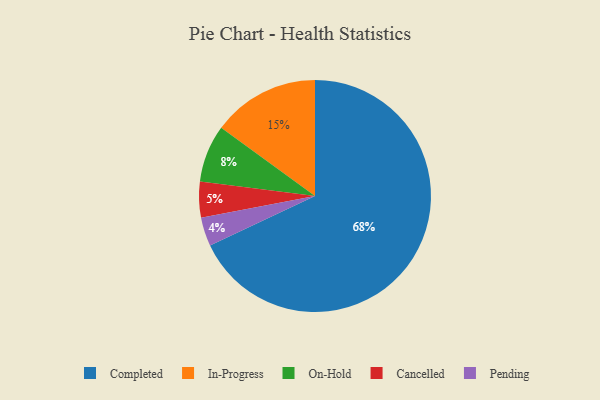
{"axis": {"x": "Category", "y": "Percentage"}, "legend": ["Cancelled", "Completed", "In-Progress", "On-Hold", "Pending"], "data": [{"x": "On-Hold", "y": 8, "type": "On-Hold"}, {"x": "Pending", "y": 4, "type": "Pending"}, {"x": "In-Progress", "y": 15, "type": "In-Progress"}, {"x": "Completed", "y": 68, "type": "Completed"}, {"x": "Cancelled", "y": 5, "type": "Cancelled"}]}